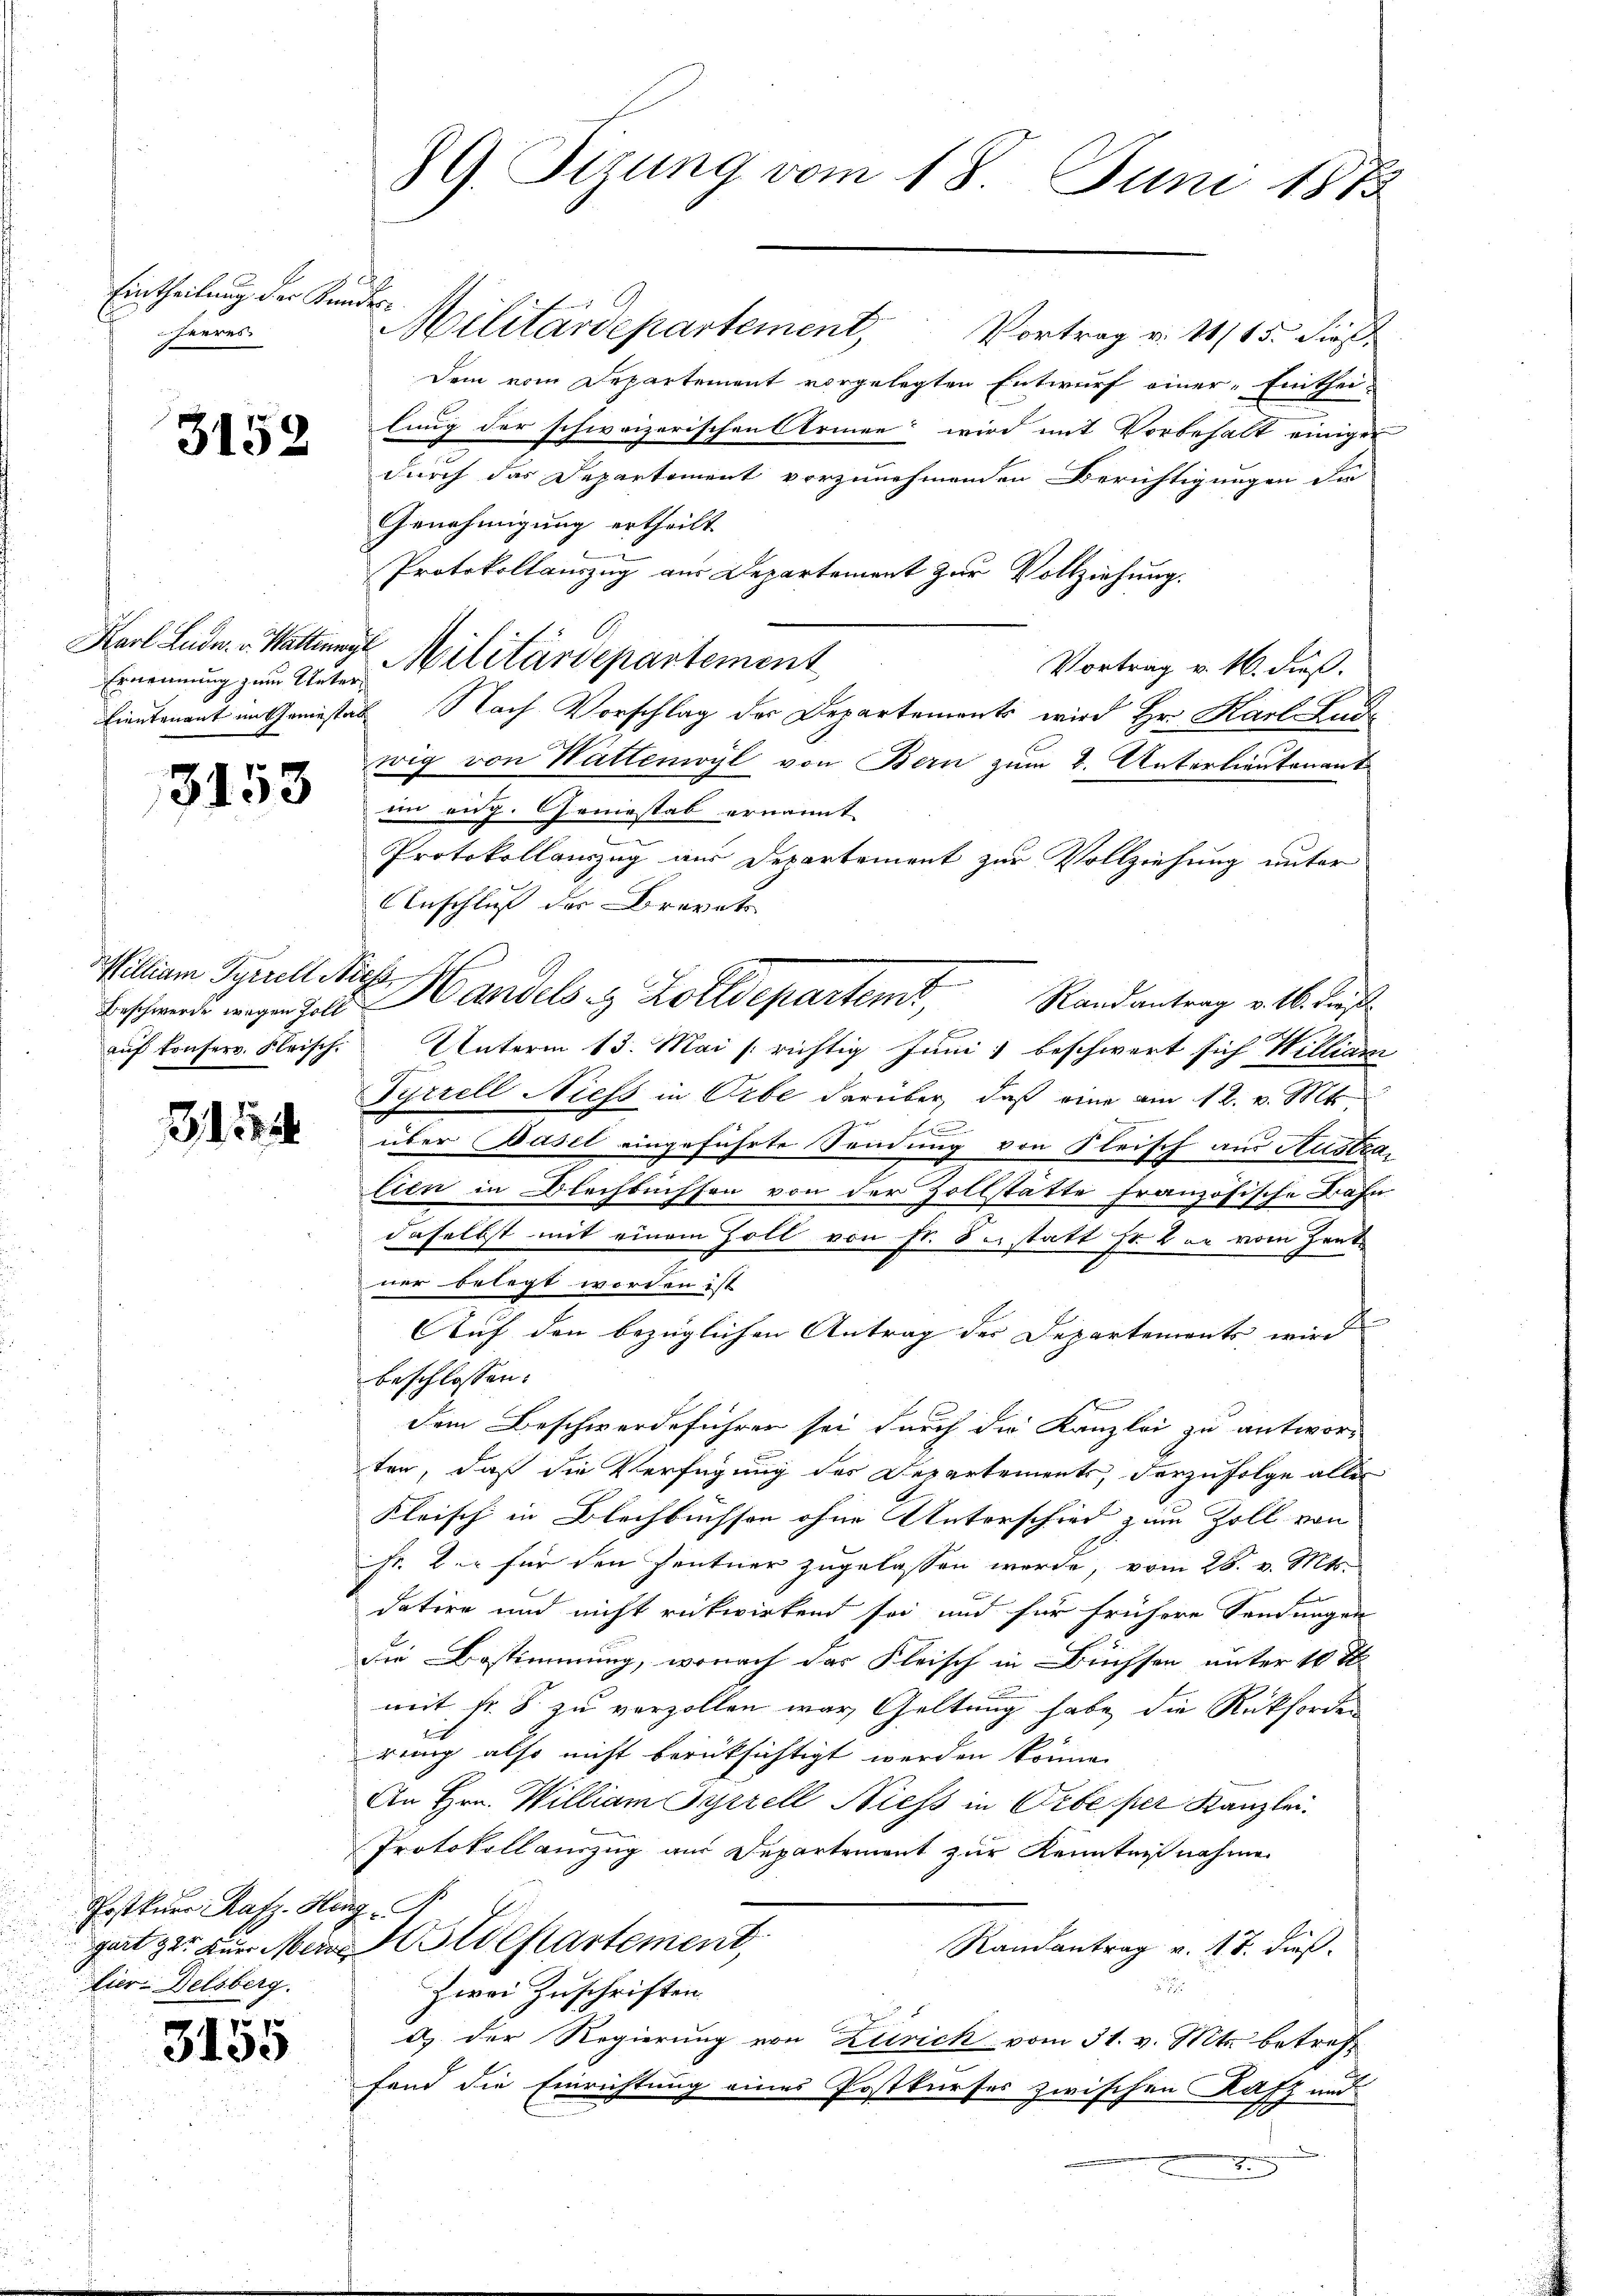
Eintheilung der Kundes¬
Herres

3152

Ernennung zum Unter¬

3153

Milliam Gyrrell Niess

3

Postkuer Rafz. Heng
gart 22. Furr Meine
Lier-Delsberg.

d
3159

89. Sitzung vom 18. Juni 1873

Militärdepartement, Vortrag v. 11/15. Sie
Dem vom Departement vorgelegten Entwurf einer-Eintheilung der schweizerischen Armen wird mit Vorbehalt einigen
durch das Departement vorzunehmenden Berichtigungen die
Genehmigung ertheilt.
Protokollauszug aus Departement zur Vollziehung.
Karl Lude. - Kattung Militärdepartement
Vortrag v. 16. dieß.
Einutenant im Geniestal Nach Vorschlag der Departements wird Hr. Karl Lude
wig von Wattenwyl von Bern zum 2. Unterlieutenant
ein aug. Geniestab ernannt
Protokollauszug aus Departement zur Vollziehung unter
Anschluß der Brevet
Beschwende wegen Feld Handels z. Zolldepartemt,
Randantrag v. 16. dieß
E
auf Konferr. Fleisch. Unterm 13. Mai / richtig Juni, beschwert sich William
Fyrrell Niess in Orbe darüber, daß eine am 12. v. Mts.
über Basel eingeführte Sendung von Fleisch aus Australien in Blechbüchsen von der Zollstätte französische Bahn
daselbst mit einem Zoll von fl. 8 u. statt Fr. von vom Zent
ner belegt worden ist
Auf den bezüglichen Antrag der Departements wird
beschlossen:
dem Beschwerdeführer sei durch die Kanzlei zu antwor-
ten, daß die Verfügung des Departements, derzufolge alles
Kleisch in Blechbüchsen ohne Unterschied zum Zoll von
Fr. Der für den Zentner zugelassen werde, vom 26. v. Mts.
datire und nicht rükwirkend sei und für frühere Sendungen
die Bestimmung, wonach das Fleisch in Büchsen unter 10 t.
mit Fr. 8 zu verzollen war Geltung habe die Rückforden
rung also nicht berücksichtigt werden könne.
An Hrn. William Syrrell Niess in Orbeser Kanzlei.
Protokoll auszug aus Departement zur Kenntnißnahme
Wostieftartement,
Randantrag v. 18. dieß.

Zwei Zuschriften
d) der Regierung von Zürich vom 31. v. Mts. betreffend die Einrichtung eines Postkurses zwischen Rafz und